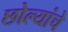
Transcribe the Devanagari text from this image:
छोल्यांचे